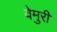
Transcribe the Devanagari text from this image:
वेमुरी